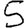
Digit: 5